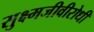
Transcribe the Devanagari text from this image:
सुक्ष्मजीवीरोधी